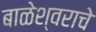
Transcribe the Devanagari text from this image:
बाळेश्वराचे